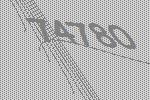
74780